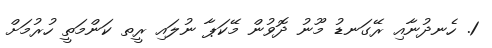
1. ހެނދުނާއި ރޭގަނޑު މޫނު ދޮވުން މޭކަޕާ ނުލައި ރީތ ކަންމަތީ ހުރުމަށް